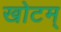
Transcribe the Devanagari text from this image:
खोटम्